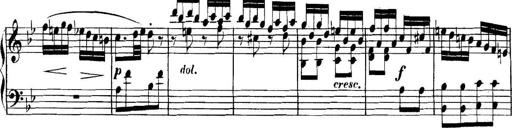
Title: Collected Piano Sonatas
Composer: Muzio Clementi